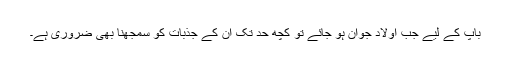
باپ کے لیے جب اولاد جوان ہو جائے تو کچھ حد تک ان کے جذبات کو سمجھنا بھی ضروری ہے۔